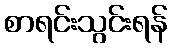
စာရင်းသွင်းရန်